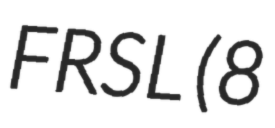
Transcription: FRSL (8